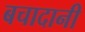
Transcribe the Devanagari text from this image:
बचादानी